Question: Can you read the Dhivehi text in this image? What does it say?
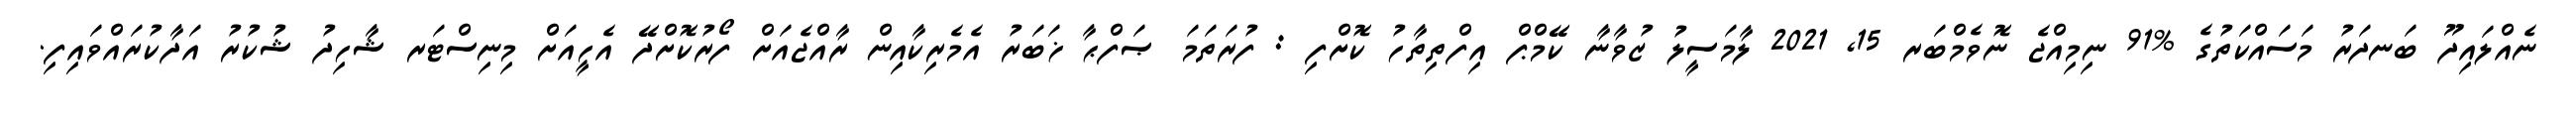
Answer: ނެއްލައިދޫ ބަނދަރު މަސައްކަތުގެ %91 ނިމިއްޖެ ނޮވެމްބަރ 15, 2021 ލާމަސީލު ޒުވާނާ ކޭމްޕް އިފްތިތާހު ކޮށްފި : ފުރަތަމަ ޞަފްޙާ ޚަބަރު އެމެރިކާއިން ރާއްޖެއަށް ފޯރުކޮށްދޭ އެހީއަށް މިނިސްޓަރ ޝާހިދު ޝުކުރު އަދާކުރައްވައިފި.